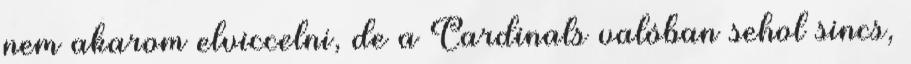
nem akarom elviccelni, de a Cardinals valóban sehol sincs,